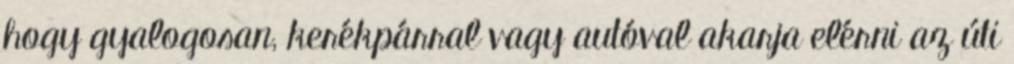
hogy gyalogosan, kerékpárral vagy autóval akarja elérni az úti